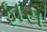
ફાસ